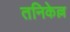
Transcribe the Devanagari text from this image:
तनिकेल्ल